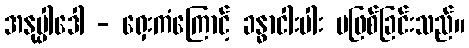
အနုပ္ပါဒေါ - ရှေးကံကြောင့် ခန္ဓာငါးပါး မဖြစ်ခြင်းသည်။